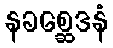
နခစ္ဆေဒနံ